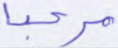
مرحبا